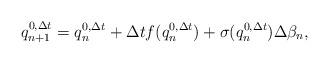
LaTeX: \begin{align*}q_{n+1}^{0,\Delta t}=q_n^{0,\Delta t}+\Delta tf(q_n^{0,\Delta t})+\sigma(q_n^{0,\Delta t})\Delta\beta_n,\end{align*}